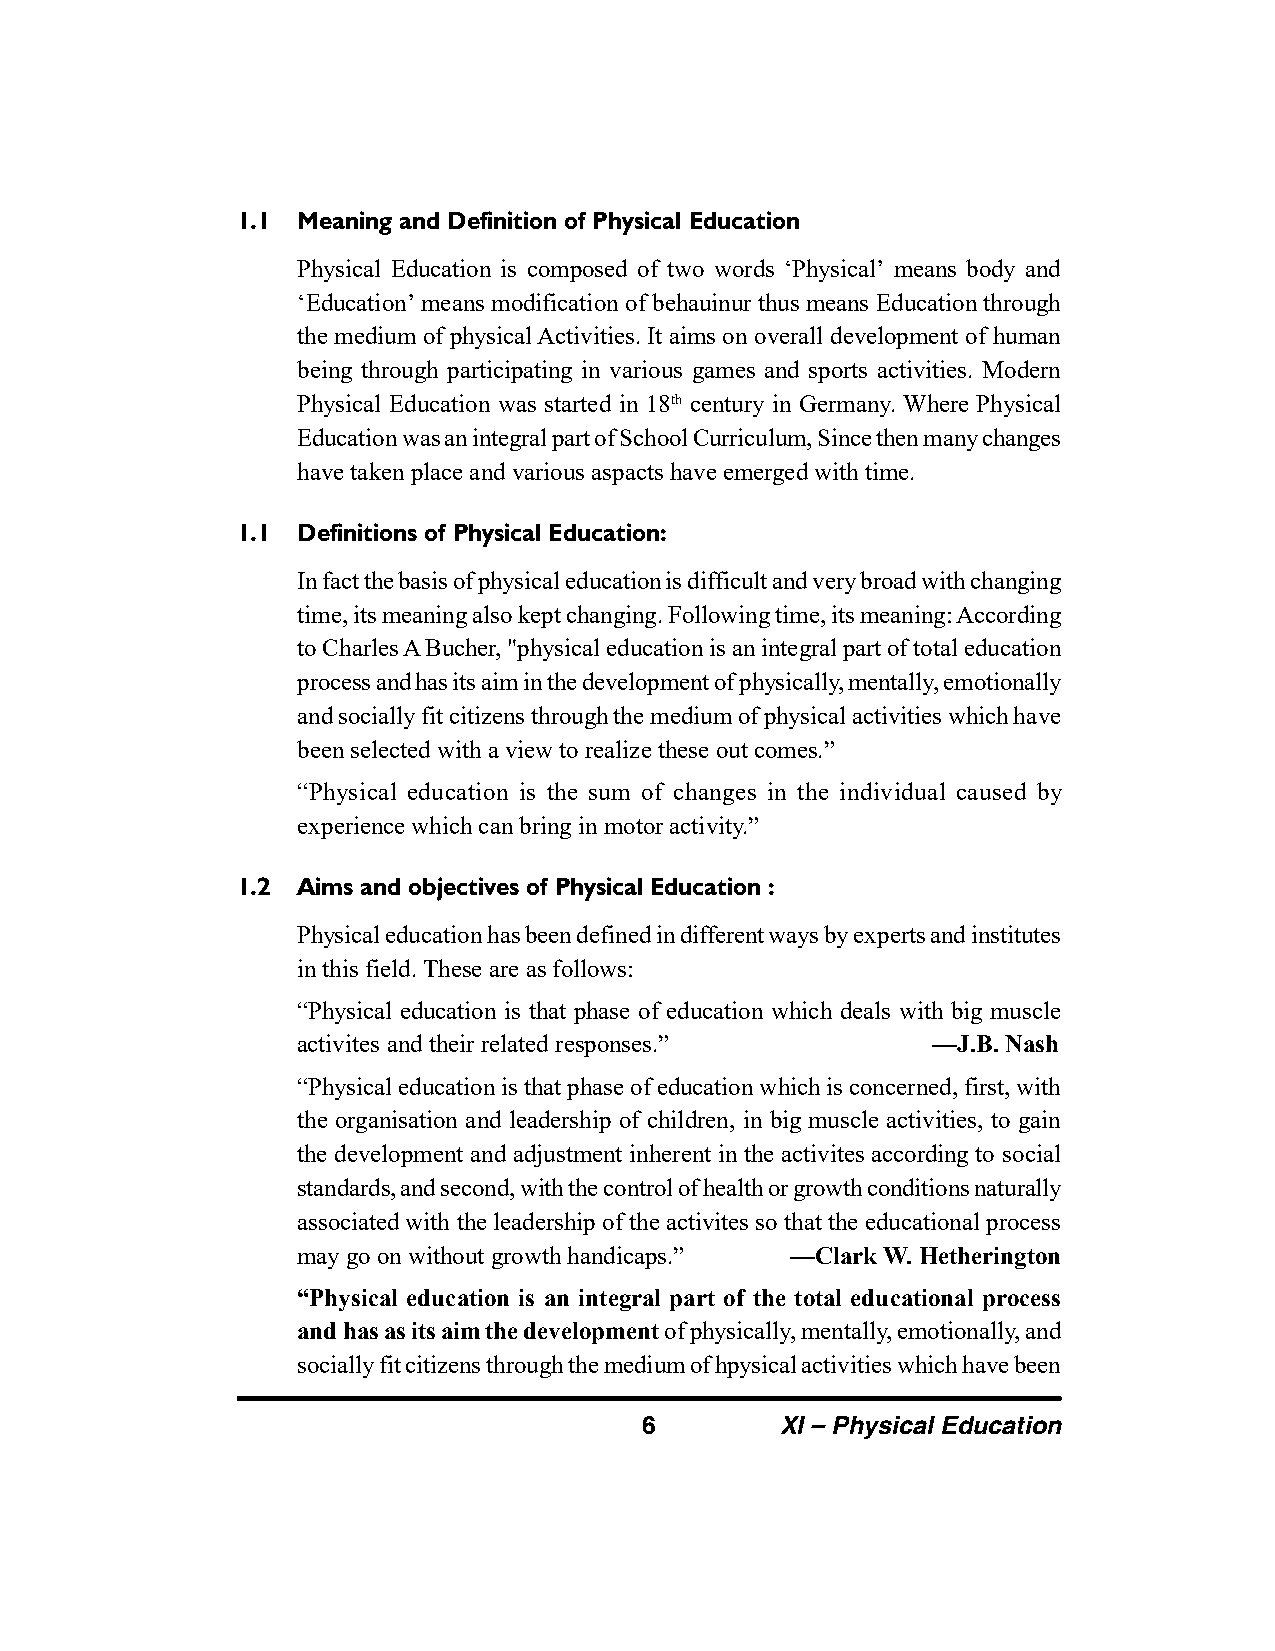
1.1 Meaning and Definition of Physical Education
 Physical Education is composed of two words ‘Physical’ means body and
 ‘Education’ means modification of behauinur thus means Education through
 the medium of physical Activities. It aims on overall development of human
 being through participating in various games and sports activities. Modern
 Physical Education was started in 18th century in Germany. Where Physical
 Education was an integral part of School Curriculum, Since then many changes
 have taken place and various aspacts have emerged with time.
 1.1 Definitions of Physical Education:
 In fact the basis of physical education is difficult and very broad with changing
 time, its meaning also kept changing. Following time, its meaning: According
 to Charles A Bucher, "physical education is an integral part of total education
 process and has its aim in the development of physically, mentally, emotionally
 and socially fit citizens through the medium of physical activities which have
 been selected with a view to realize these out comes.”
 “Physical education is the sum of changes in the individual caused by
 experience which can bring in motor activity.”
 1.2 Aims and objectives of Physical Education :
 Physical education has been defined in different ways by experts and institutes
 in this field. These are as follows:
 “Physical education is that phase of education which deals with big muscle
 activites and their related responses.”   —J.B. Nash
 “Physical education is that phase of education which is concerned, first, with
 the organisation and leadership of children, in big muscle activities, to gain
 the development and adjustment inherent in the activites according to social
 standards, and second, with the control of health or growth conditions naturally
 associated with the leadership of the activites so that the educational process
 may go on without growth handicaps.” —Clark W. Hetherington
 “Physical education is an integral part of the total educational process
 and has as its aim the development of physically, mentally, emotionally, and
 socially fit citizens through the medium of hpysical activities which have been
 6        XI – Physical Education